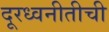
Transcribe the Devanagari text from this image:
दूरध्वनीतीची